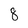
Character: 8